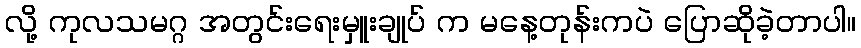
လို့ ကုလသမဂ္ဂ အတွင်းရေးမှူးချုပ် က မနေ့တုန်းကပဲ ပြောဆိုခဲ့တာပါ။